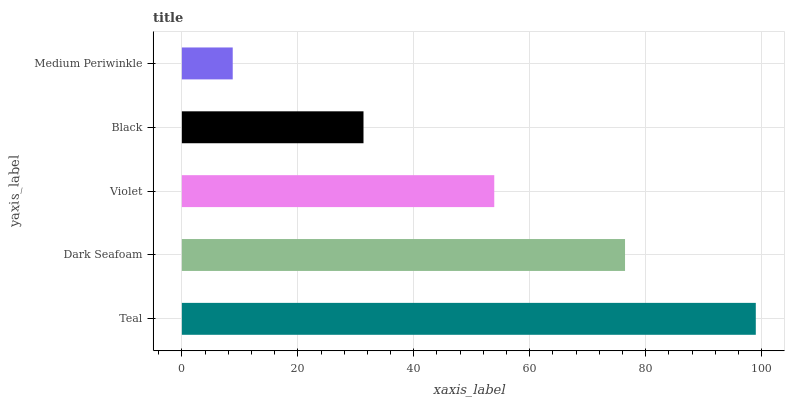
| yaxis_label | bars |
 | --- | --- |
 | Teal | 99 |
 | Dark Seafoam | 76.4 |
 | Violet | 53.9 |
 | Black | 31.3 |
 | Medium Periwinkle | 8.77 |